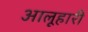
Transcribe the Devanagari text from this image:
आलूहारी